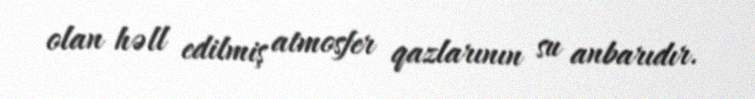
olan həll edilmiş atmosfer qazlarının su anbarıdır.